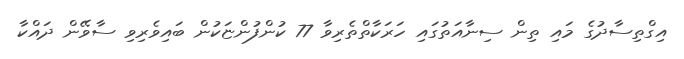
އިގްތިސާދުގެ މައި ތިން ސިނާއަތުގައި ހަރަކާތްތެރިވާ 77 ކުންފުންޏަކުން ބައިވެރިވި ސާވޭން ދައްކާ